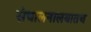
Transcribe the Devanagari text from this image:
संचालनालयातच